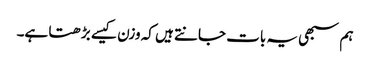
ہم سبھی یہ بات جانتے ہیں کہ وزن کیسے بڑھتا ہے۔